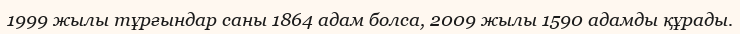
1999 жылы тұрғындар саны 1864 адам болса, 2009 жылы 1590 адамды құрады.